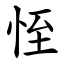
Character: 恎